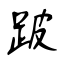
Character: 跛